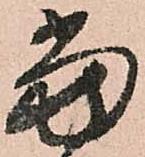
當